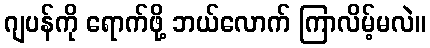
ဂျပန်ကို ရောက်ဖို့ ဘယ်လောက် ကြာလိမ့်မလဲ။